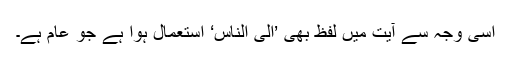
اسی وجہ سے آیت میں لفظ بھی ’الی الناس‘ استعمال ہوا ہے جو عام ہے۔